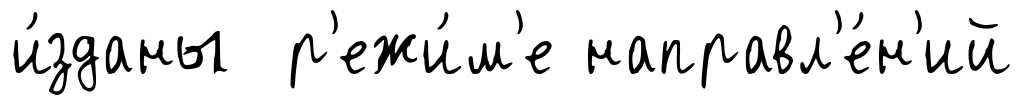
и́зданы р'ежи́м'е направл'е́н'ий